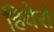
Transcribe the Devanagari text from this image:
हियेरो